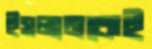
ইসলামকেই